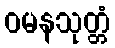
ဝမနသုတ္တံ